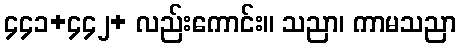
၄၄၁+၄၄၂+ လည်းကောင်း။ သညာ၊ ကာမသညာ